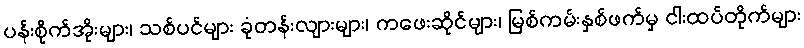
ပန်းစိုက်အိုးများ၊ သစ်ပင်များ ခုံတန်းလျားများ၊ ကဖေးဆိုင်များ၊ မြစ်ကမ်းနှစ်ဖက်မှ ငါးထပ်တိုက်များ